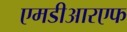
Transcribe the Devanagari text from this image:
एमडीआरएफ